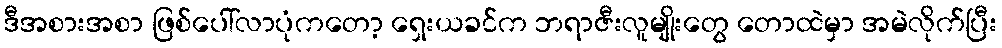
ဒီအစားအစာ ဖြစ်ပေါ်လာပုံကတော့ ရှေးယခင်က ဘရာဇီးလူမျိုးတွေ တောထဲမှာ အမဲလိုက်ပြီး